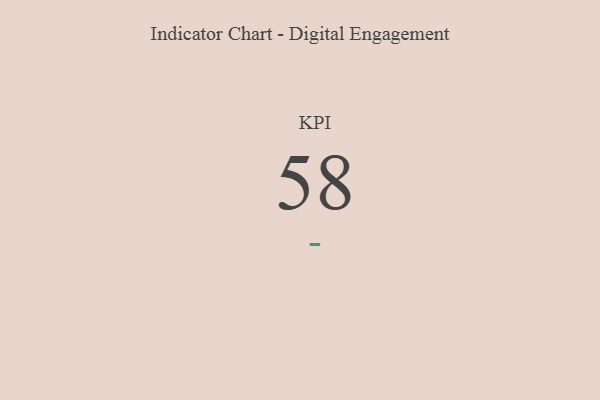
{"axis": {"x": "KPI", "y": "Value"}, "legend": [""], "data": [{"x": "KPI", "y": 58, "type": ""}]}